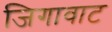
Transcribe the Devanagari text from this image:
जिगावाट